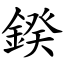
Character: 鍨